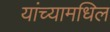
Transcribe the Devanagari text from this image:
यांच्यामधिल